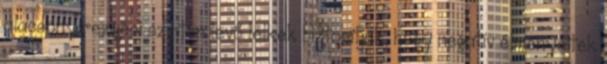
alacsony rezgési szinten levő lelkek biztosítják, hogy negatív élményeitek